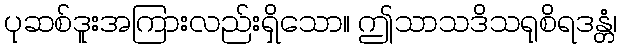
ပုဆစ်ဒူးအကြားလည်းရှိသော။ ဤသာသဒိသရုစိရဒန္တံ၊